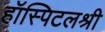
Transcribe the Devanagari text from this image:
हॉस्पिटलश्री